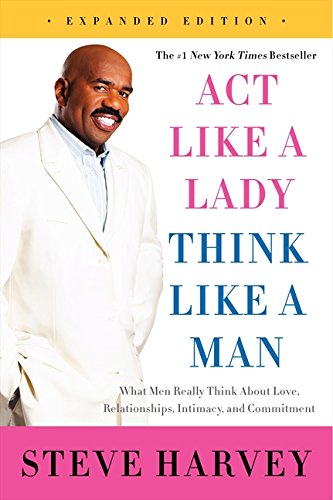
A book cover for Act Like a Lady, Think Like a Man, Expanded Edition: What Men Really Think About Love, Relationships, Intimacy, and Commitment; Steve Harvey; Self-Help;